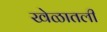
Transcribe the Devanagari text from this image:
खेळातली